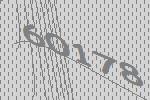
60178